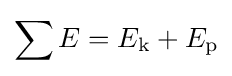
\sum E=E_{\mathrm {k} }+E_{\mathrm {p} }